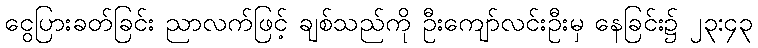
ငွေပြားခတ်ခြင်း ညာလက်ဖြင့် ချစ်သည်ကို ဦးကျော်လင်းဦးမှ နေခြင်း၌ ၂၃:၄၃